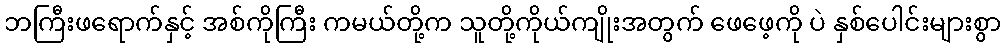
ဘကြီးဖရောက်နှင့် အစ်ကိုကြီး ကမယ်တို့က သူတို့ကိုယ်ကျိုးအတွက် ဖေဖေ့ကို ပဲ နှစ်ပေါင်းများစွာ